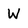
Character: W